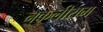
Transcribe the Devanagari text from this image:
नकलीराम